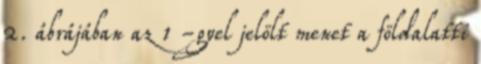
2. ábrájában az 1 -gyel jelölt menet a földalatti